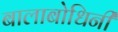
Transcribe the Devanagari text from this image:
बालाबोधिनी